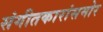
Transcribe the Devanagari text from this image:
संगीतकारांसमोर